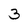
Character: 3